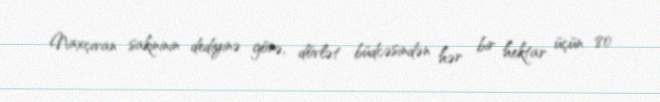
Naxçıvan sakininin dediyinə görə, dövlət büdcəsindən hər bir hektar üçün 80